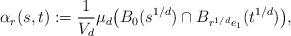
LaTeX: \begin{align*}\alpha_r(s,t) := \frac{1}{V_d} \mu_d \bigl( B_0(s^{1/d}) \cap B_{r^{1/d}e_1}(t^{1/d}) \bigr),\end{align*}